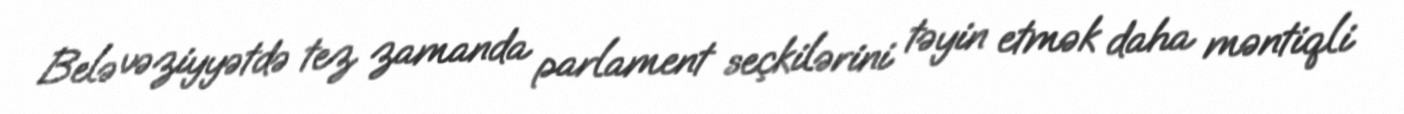
Belə vəziyyətdə tez zamanda parlament seçkilərini təyin etmək daha məntiqli